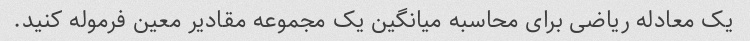
یک معادله ریاضی برای محاسبه میانگین یک مجموعه مقادیر معین فرموله کنید.